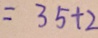
= 3 5 + 2